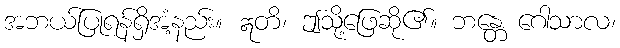
အဘယ်ပြုရန်ရှိအံ့နည်း။ ဣတိ၊ ဤသို့ဖြေဆို၏။ ဘန္တေ ဂေါသာလ၊